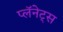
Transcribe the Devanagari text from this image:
प्लॅनेट्स